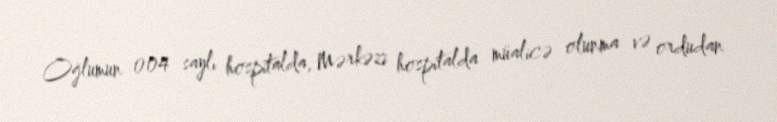
Oğlumun 004 saylı hospitalda, Mərkəzi hospitalda müalicə olunma və ordudan